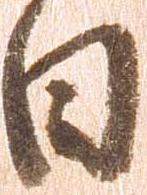
日